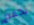
يدعم